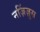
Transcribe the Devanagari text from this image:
नज़िंज़ुस